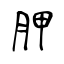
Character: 胛